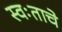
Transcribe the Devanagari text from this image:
स्वःताचे